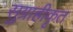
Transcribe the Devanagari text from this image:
सुग्राहीकृत